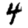
Digit: 4